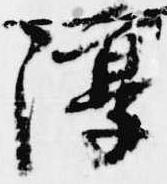
淳